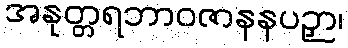
အနုတ္တရဘာဝဇာနနပဉှာ၊